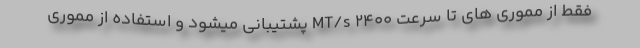
فقط از مموری های تا سرعت 2400 MT/s پشتیبانی میشود و استفاده از مموری